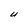
Character: U